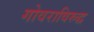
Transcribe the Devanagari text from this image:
गोवराविरुद्ध